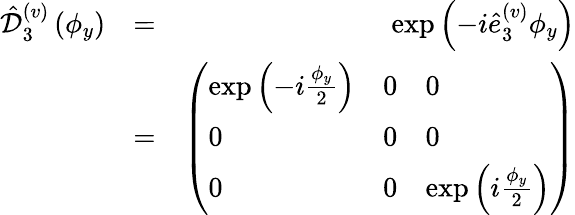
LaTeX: \begin{array}{rlr}{\hat{\mathcal D}_{3}^{(v)}\left(\phi_{y}\right)}&{=}&{\exp\left(-i\hat{e}_{3}^{(v)}\phi_{y}\right)}\\ &{=}&{\left(\begin{array}{lll}{\exp\left(-i\frac{\phi_{y}}{2}\right)}&{0}&{0}\\ {0}&{0}&{0}\\ {0}&{0}&{\exp\left(i\frac{\phi_{y}}{2}\right)}\end{array}\right)}\end{array}